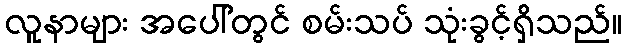
လူနာများ အပေါ်တွင် စမ်းသပ် သုံးခွင့်ရှိသည်။